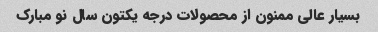
بسیار عالی ممنون از محصولات درجه یکتون سال نو مبارک